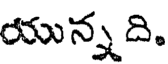
యున్న ది.